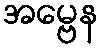
အမ္ဗေန